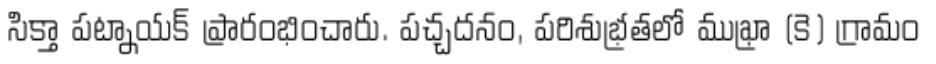
సిక్తా పట్నాయక్ ప్రారంభించారు. పచ్చదనం, పరిశుభ్రతలో ముఖ్రా (కె) గ్రామం